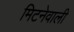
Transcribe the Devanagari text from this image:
मिटनेवाली